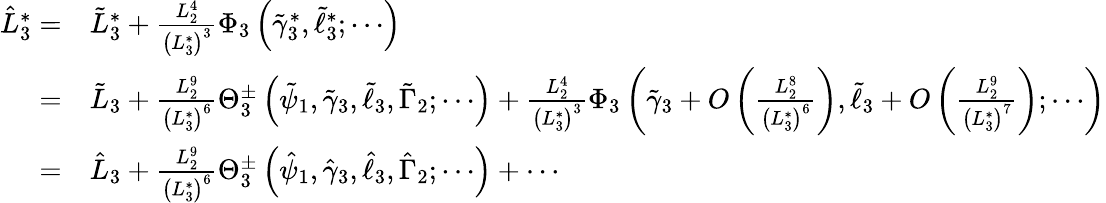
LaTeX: \begin{array}{rl}{\hat{L}_{3}^{*}=}&{\tilde{L}_{3}^{*}+\frac{L_{2}^{4}}{\left(L_{3}^{*}\right)^{3}}\Phi_{3}\left(\tilde{\gamma}_{3}^{*},\tilde{\ell}_{3}^{*};\cdots\right)}\\ {=}&{\tilde{L}_{3}+\frac{L_{2}^{9}}{\left(L_{3}^{*}\right)^{6}}\Theta_{3}^{\pm}\left(\tilde{\psi}_{1},\tilde{\gamma}_{3},\tilde{\ell}_{3},\tilde{\Gamma}_{2};\cdots\right)+\frac{L_{2}^{4}}{\left(L_{3}^{*}\right)^{3}}\Phi_{3}\left(\tilde{\gamma}_{3}+O\left(\frac{L_{2}^{8}}{\left(L_{3}^{*}\right)^{6}}\right),\tilde{\ell}_{3}+O\left(\frac{L_{2}^{9}}{\left(L_{3}^{*}\right)^{7}}\right);\cdots\right)}\\ {=}&{\hat{L}_{3}+\frac{L_{2}^{9}}{\left(L_{3}^{*}\right)^{6}}\Theta_{3}^{\pm}\left(\hat{\psi}_{1},\hat{\gamma}_{3},\hat{\ell}_{3},\hat{\Gamma}_{2};\cdots\right)+\cdots}\end{array}